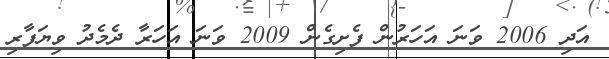
އަދި 2006 ވަނަ އަހަރުން ފެށިގެން 2009 ވަނަ އަހަރާ ދެމެދު ވިޔަފާރި